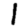
Digit: 1